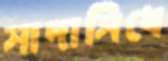
সাদাসিধে